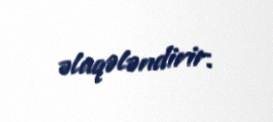
əlaqələndirir.